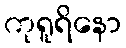
ကုရူရိနော